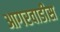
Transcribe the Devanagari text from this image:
आगरवाडीस